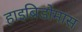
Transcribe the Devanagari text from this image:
हाइब्रिडोमास